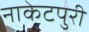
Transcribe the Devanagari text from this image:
नाकेटपुरी